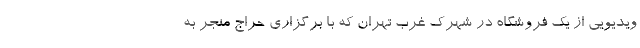
ویدیویی از یک فروشگاه در شهرک غرب تهران که با برگزاری حراج منجر به